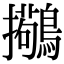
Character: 𫛒